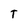
Character: T